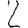
Digit: 2